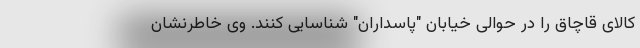
کالای قاچاق را در حوالی خیابان "پاسداران" شناسایی کنند. وی خاطرنشان